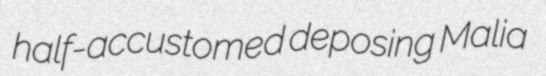
half-accustomed deposing Malia